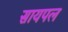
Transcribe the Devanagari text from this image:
सायपल